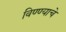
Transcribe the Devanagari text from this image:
विण्ण्याचे